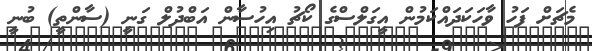
މެޗަށް ފަހު ވާހަކަދައްކަމުން އީގަލްސްގެ ކޯޗު އިހުސާން އަބްދުލް ގަނީ (ސާންތީ) ބުނީ